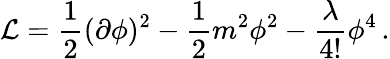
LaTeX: {\cal L}=\frac{1}{2}(\partial\phi)^{2}-\frac{1}{2}m^{2}\phi^{2}-\frac{\lambda}{4!}\phi^{4}\, .